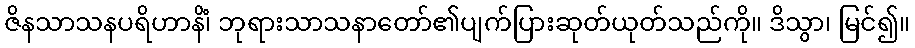
ဇိနသာသနပရိဟာနိံ၊ ဘုရားသာသနာတော်၏ပျက်ပြားဆုတ်ယုတ်သည်ကို။ ဒိသွာ၊ မြင်၍။